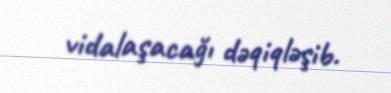
vidalaşacağı dəqiqləşib.